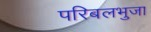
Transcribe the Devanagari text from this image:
परिबलभुजा